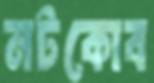
নটকোব